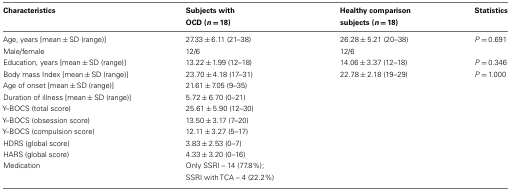
<table><thead><tr><td><b>Characteristics</b></td><td><b>Subjects with OCD (<i>n</i> = 18)</b></td><td><b>Healthy comparison subjects (<i>n</i> = 18)</b></td><td><b>Statistics</b></td></tr></thead><tbody><tr><td>Age, years [mean ± SD (range)]</td><td>27.33 ± 6.11 (21–38)</td><td>26.28 ± 5.21 (20–38)</td><td><i>P</i> = 0.691</td></tr><tr><td>Male/female</td><td>12/6</td><td>12/6</td><td></td></tr><tr><td>Education, years [mean ± SD (range)]</td><td>13.22 ± 1.99 (12–18)</td><td>14.06 ± 3.37 (12–18)</td><td><i>P</i> = 0.346</td></tr><tr><td>Body mass Index [mean ± SD (range)]</td><td>23.70 ± 4.18 (17–31)</td><td>22.78 ± 2.18 (19–29)</td><td><i>P</i> = 1.000</td></tr><tr><td>Age of onset [mean ± SD (range)]</td><td>21.61 ± 7.05 (9–35)</td><td></td><td></td></tr><tr><td>Duration of illness [mean ± SD (range)]</td><td>5.72 ± 6.70 (0–21)</td><td></td><td></td></tr><tr><td>Y–BOCS (total score)</td><td>25.61 ± 5.90 (12–30)</td><td></td><td></td></tr><tr><td>Y–BOCS (obsession score)</td><td>13.50 ± 3.17 (7–20)</td><td></td><td></td></tr><tr><td>Y–BOCS (compulsion score)</td><td>12.11 ± 3.27 (5–17)</td><td></td><td></td></tr><tr><td>HDRS (global score)</td><td>3.83 ± 2.53 (0–7)</td><td></td><td></td></tr><tr><td>HARS (global score)</td><td>4.33 ± 3.20 (0–16)</td><td></td><td></td></tr><tr><td>Medication</td><td>Only SSRI – 14 (77.8%);SSRI with TCA – 4 (22.2%)</td><td></td><td></td></tr></tbody></table>